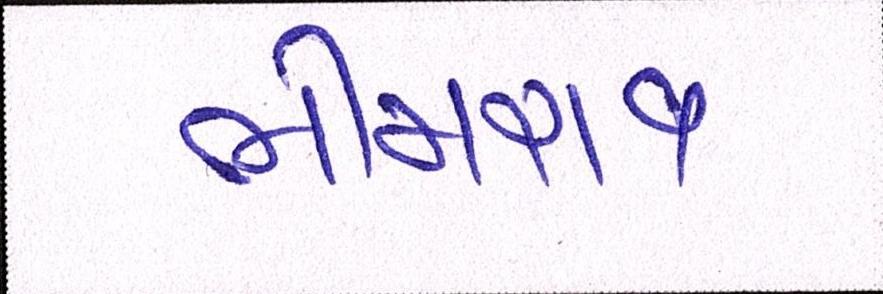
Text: ભીમરાવ